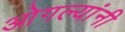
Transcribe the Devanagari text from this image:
ओगल्यांनी